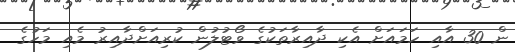
ން 30 އާއި ހަމައަށް އެކި ދާއިރާތަކުގެ ވޯޓުލުން ކުރިއަށްދާއިރު މެއި މަހުގެ